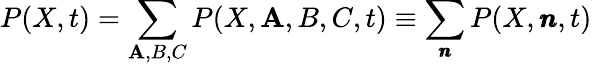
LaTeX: P(X,t)=\sum_{\mathbf{A},B,C}P(X,\mathbf{A},B,C,t)\equiv\sum_{\pmb{n}}P(X,\pmb{n},t)